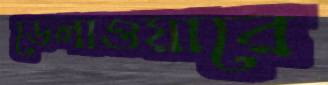
ডেলাওয়ারে